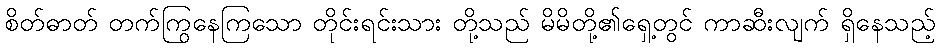
စိတ်ဓာတ် တက်ကြွနေကြသော တိုင်းရင်းသား တို့သည် မိမိတို့၏ရှေ့တွင် ကာဆီးလျက် ရှိနေသည့်